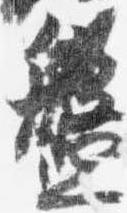
盤